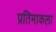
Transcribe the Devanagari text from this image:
प्रतिमाकला